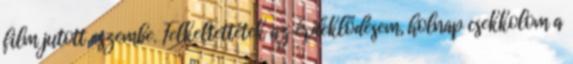
film jutott eszembe. Felkeltettétek az érdeklődésem, holnap csekkolom a